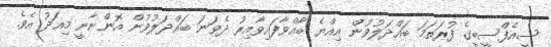
ސީއެފްސީބީގެ ފުރަތަމަ ބައްދަލުވުން އިއްޔެ ބާއްވާފައިވާއިރު ދެވަނަ ބައްދަލުވުން އޮންނާނީ މިއަދު އެވެ.